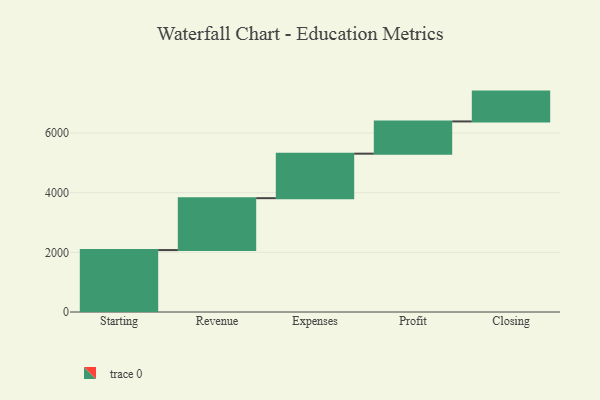
{"axis": {"x": "Step", "y": "Value"}, "legend": [""], "data": [{"x": "Starting", "y": 2076.0, "type": ""}, {"x": "Revenue", "y": 1740.0, "type": ""}, {"x": "Expenses", "y": 1492.0, "type": ""}, {"x": "Profit", "y": 1081.0, "type": ""}, {"x": "Closing", "y": 1000, "type": ""}]}